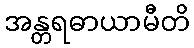
အန္တရဓာယာမီတိ